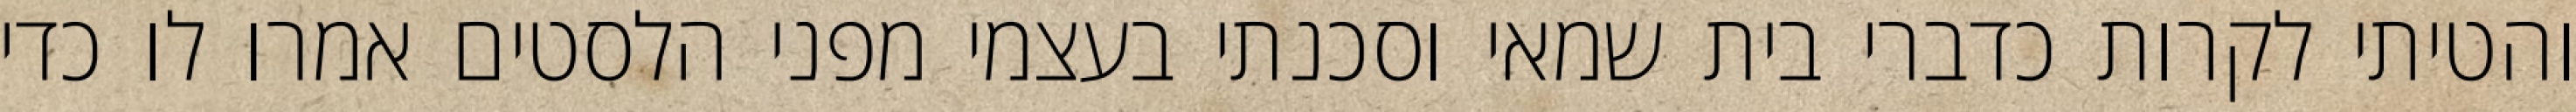
והטיתי לקרות כדברי בית שמאי וסכנתי בעצמי מפני הלסטים אמרו לו כדי